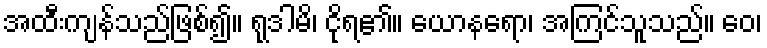
အထီးကျန်သည်ဖြစ်၍။ ရုဒါမိ၊ ငိုရ၏။ ယောနရော၊ အကြင်သူသည်။ ဝေ၊